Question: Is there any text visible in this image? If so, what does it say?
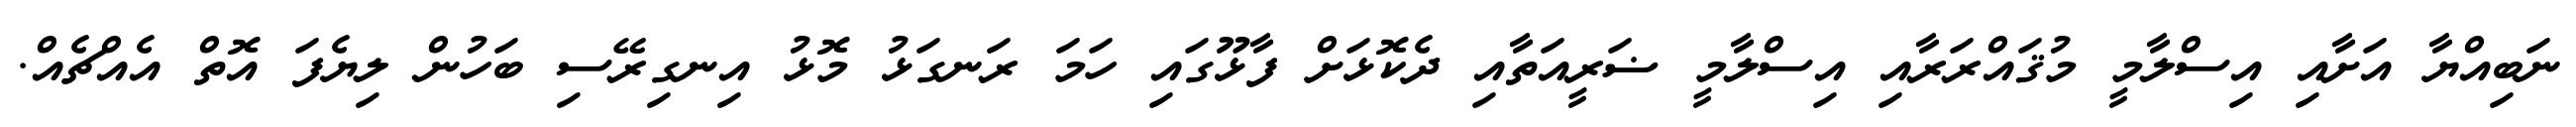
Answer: ނަބިއްޔާ އަށާއި އިސްލާމީ މުޤައްރަރާއި އިސްލާމީ ޟަރީއަތާއި ދެކޮޅަށް ފާޅޫގައި ހަމަ ރަނގަޅު މޮޅު އިނގިރޭސި ބަހުން ލިޔެފަ އޮތް އެއްޗެއް.